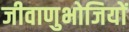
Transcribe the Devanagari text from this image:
जीवाणुभोजियों